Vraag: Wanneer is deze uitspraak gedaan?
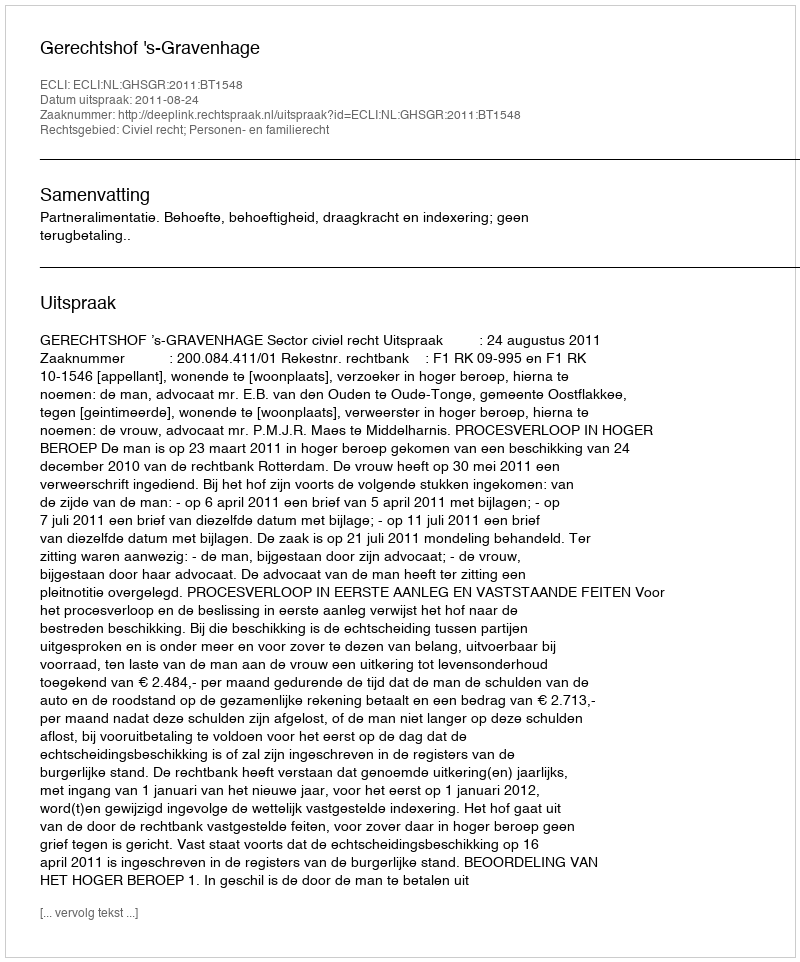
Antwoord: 2011-08-24